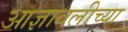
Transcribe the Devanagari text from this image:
आज्ञावलीच्या